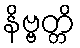
နိဗ္ဗတ္တိ